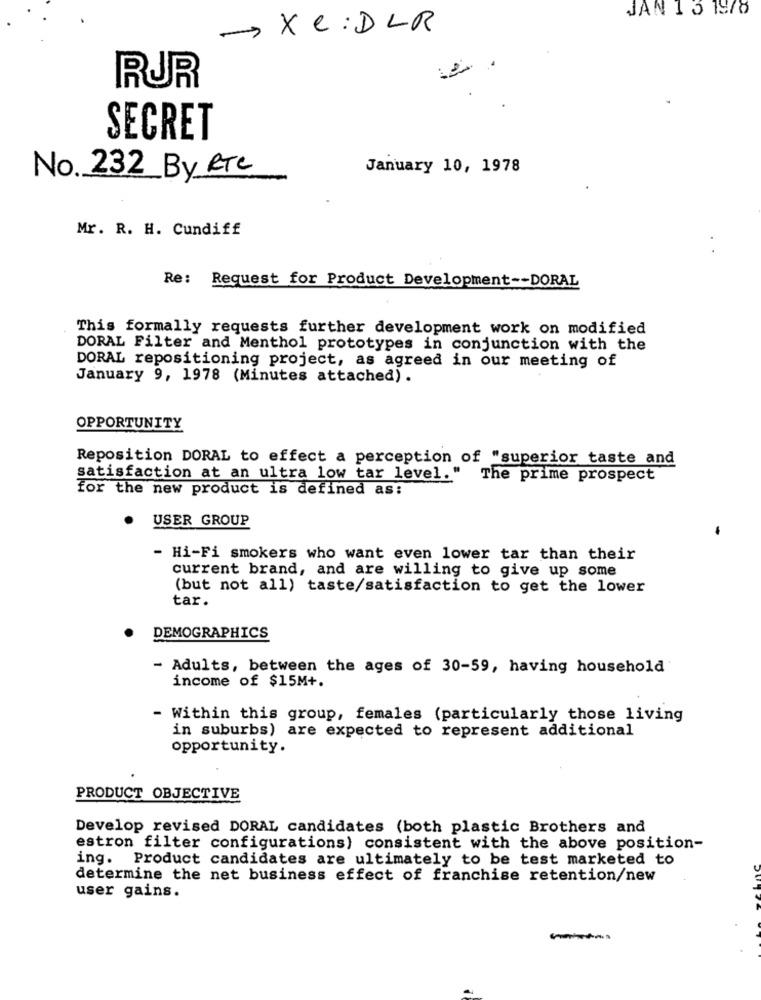
JAN 1 3 1978
> XC : DLR
RUR
SECRET
January 10, 1978
No. 232 By RTC
Mr. R. H. Cundiff
Re: Request for Product Development -- DORAL
This formally requests further development work on modified
DORAL Filter and Menthol prototypes in conjunction with the
DORAL repositioning project, as agreed in our meeting of
January 9, 1978 (Minutes attached).
OPPORTUNITY
Reposition DORAL to effect a perception of "superior taste and
satisfaction at an ultra low tar level." The prime prospect
for the new product is defined as:
USER GROUP
- Hi-Fi smokers who want even lower tar than their
current brand, and are willing to give up some
(but not all) taste/satisfaction to get the lower
tar.
DEMOGRAPHICS
- Adults, between the ages of 30-59, having household
income of $15M+.
- Within this group, females (particularly those living
in suburbs) are expected to represent additional
opportunity.
PRODUCT OBJECTIVE
Develop revised DORAL candidates (both plastic Brothers and
estron filter configurations) consistent with the above position-
ing. Product candidates are ultimately to be test marketed to
determine the net business effect of franchise retention/new
user gains.